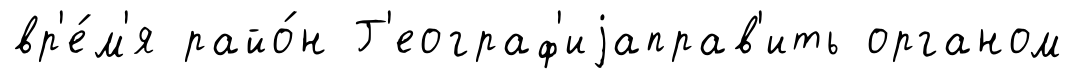
вр'е́м'я райо́н Г'еограф'иjаправ'ить органом